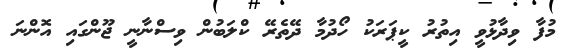
މުފާ ވިދާޅުވީ އިތުރު ކީޕަރަކު ހޯދުމާ ދޭތެރޭ ކްލަބުން ވިސްނާނީ ޖޫންގައި އޮންނަ